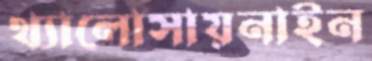
থ্যালোসায়নাইন